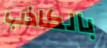
بالكاذب